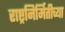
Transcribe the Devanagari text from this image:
राष्ट्रनिर्मितीच्या